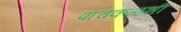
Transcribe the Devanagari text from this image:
पाचकळशी